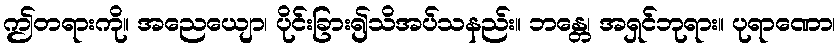
ဤတရားကို။ အညေယျော၊ ပိုင်းခြား၍သိအပ်သနည်း။ ဘန္တေ၊ အရှင်ဘုရား။ ပုရာဏော၊